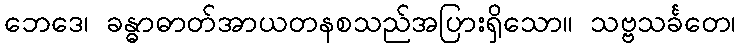
ဘေဒေ၊ ခန္ဓာဓာတ်အာယတနစသည်အပြားရှိသော။ သဗ္ဗသင်္ခတေ၊